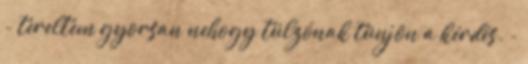
- tereltem gyorsan nehogy túlzónak tünjön a kérdés. -